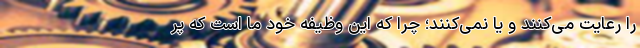
را رعایت می‌کنند و یا نمی‌کنند؛ چرا که این وظیفه خود ما است که پر